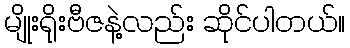
မျိုးရိုးဗီဇနဲ့လည်း ဆိုင်ပါတယ်။